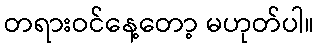
တရားဝင်နေ့တော့ မဟုတ်ပါ။